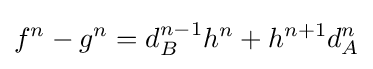
f^{n}-g^{n}=d_{B}^{n-1}h^{n}+h^{n+1}d_{A}^{n}